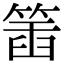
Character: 𥯥